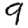
Digit: 9